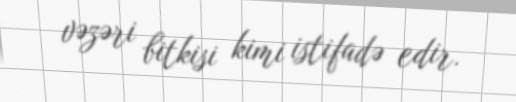
vəzəri bitkisi kimi istifadə edir.